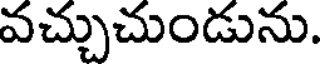
వచ్చుచుండును.